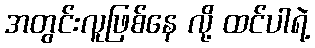
အတွင်းလူဖြစ်နေ လို့ ထင်ပါရဲ့